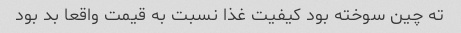
ته چین سوخته بود کیفیت غذا نسبت به قیمت واقعا بد بود